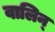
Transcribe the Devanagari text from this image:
वालिन्